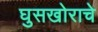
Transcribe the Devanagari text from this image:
घुसखोराचे